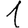
Digit: 1